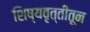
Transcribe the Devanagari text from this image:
शिष्यवृत्तीतून